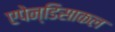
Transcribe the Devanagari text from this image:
एपेन्डिसाकल